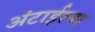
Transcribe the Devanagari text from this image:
अंटाईल्स